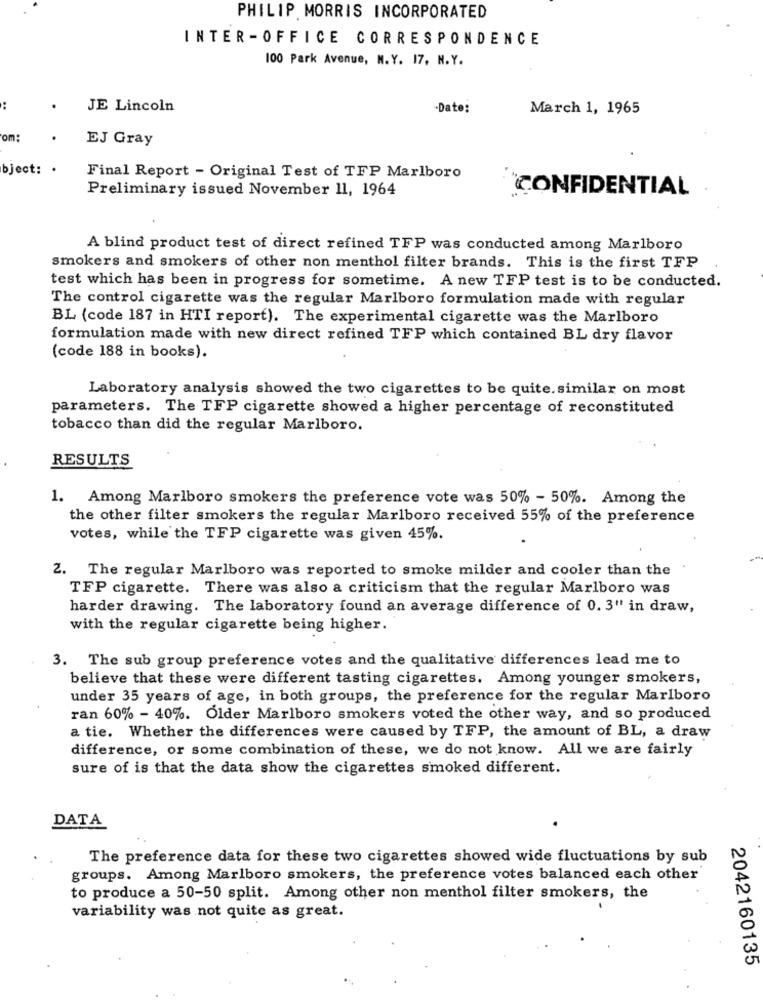
PHILIP MORRIS INCORPORATED
INTER -OFFICE CORRESPONDENCE
100 Park Avenue, N.Y. 17, N.Y.
JE Lincoln
-Date:
March 1, 1965
om:
EJ Gray
bject: .
Final Report - Original Test of TFP Marlboro
Preliminary issued November 11, 1964
"CONFIDENTIAL
A blind product test of direct refined TFP was conducted among Marlboro
smokers and smokers of other non menthol filter brands. This is the first TFP
test which has been in progress for sometime. A new TFP test is to be conducted.
The control cigarette was the regular Marlboro formulation made with regular
BL (code 187 in HTI report). The experimental cigarette was the Marlboro
formulation made with new direct refined TFP which contained BL dry flavor
(code 188 in books).
Laboratory analysis showed the two cigarettes to be quite. similar on most
parameters. The TFP cigarette showed a higher percentage of reconstituted
tobacco than did the regular Marlboro.
RESULTS
1. Among Marlboro smokers the preference vote was 50% - 50%. Among the
the other filter smokers the regular Marlboro received 55% of the preference
votes, while the TFP cigarette was given 45%.
2. The regular Marlboro was reported to smoke milder and cooler than the
TFP cigarette. There was also a criticism that the regular Marlboro was
harder drawing. The laboratory found an average difference of 0. 3" in draw,
with the regular cigarette being higher.
3. The sub group preference votes and the qualitative differences lead me to
believe that these were different tasting cigarettes. Among younger smokers,
under 35 years of age, in both groups, the preference for the regular Marlboro
ran 60% - 40%. Older Marlboro smokers voted the other way, and so produced
a tie. Whether the differences were caused by TFP, the amount of BL, a draw
difference, or some combination of these, we do not know. All we are fairly
sure of is that the data show the cigarettes smoked different.
DATA
The preference data for these two cigarettes showed wide fluctuations by sub
groups. Among Marlboro smokers, the preference votes balanced each other
to produce a 50-50 split. Among other non menthol filter smokers, the
variability was not quite as great.
2042160135